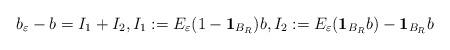
LaTeX: \begin{align*}b_\varepsilon-b & = I_1 + I_2, I_1:=E_{\varepsilon} (1-\mathbf{1}_{B_R})b, I_2:=E_{\varepsilon} (\mathbf{1}_{B_R}b) - \mathbf{1}_{B_R}b\end{align*}